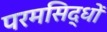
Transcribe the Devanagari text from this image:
परमसिद्धों